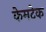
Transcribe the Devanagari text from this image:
केमटेक